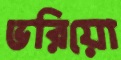
ভরিয়ো